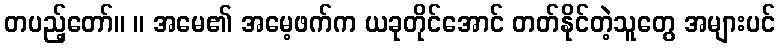
တပည့်တော်။ ။ အမေ၏ အမေ့ဖက်က ယခုတိုင်အောင် တတ်နိုင်တဲ့သူတွေ အများပင်